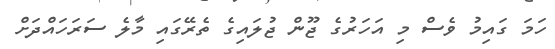
ހަމަ ގައިމު ވެސް މި އަހަރުގެ ޖޫން ޖުލައިގެ ތެރޭގައި މާލެ ސަރަހައްދަށް